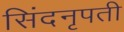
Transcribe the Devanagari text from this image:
सिंदनृपती